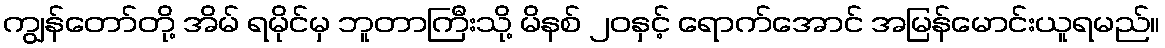
ကျွန်တော်တို့ အိမ် ရမိုင်မှ ဘူတာကြီးသို့ မိနစ် ၂၀နှင့် ရောက်အောင် အမြန်မောင်းယူရမည်။